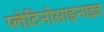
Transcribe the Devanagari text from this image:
प्लेटिनोसाइनाइड